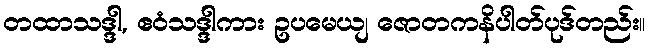
တထာသဒ္ဒါ, ဧဝံသဒ္ဒါကား ဥပမေယျ ဇောတကနိပါတ်ပုဒ်တည်း။